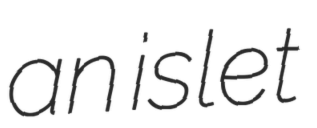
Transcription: an islet